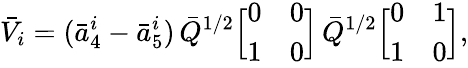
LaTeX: \bar{V}_{i}=(\bar{a}_{4}^{i}-\bar{a}_{5}^{i})\, \bar{Q}^{1/2}\Big[\begin{array}{cc}{{0}}&{{0}}\\ {{1}}&{{0}}\end{array}\Big]\, \bar{Q}^{1/2}\Big[\begin{array}{cc}{{0}}&{{1}}\\ {{1}}&{{0}}\end{array}\Big],